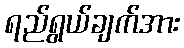
ရည်ရွယ်ချက်အား